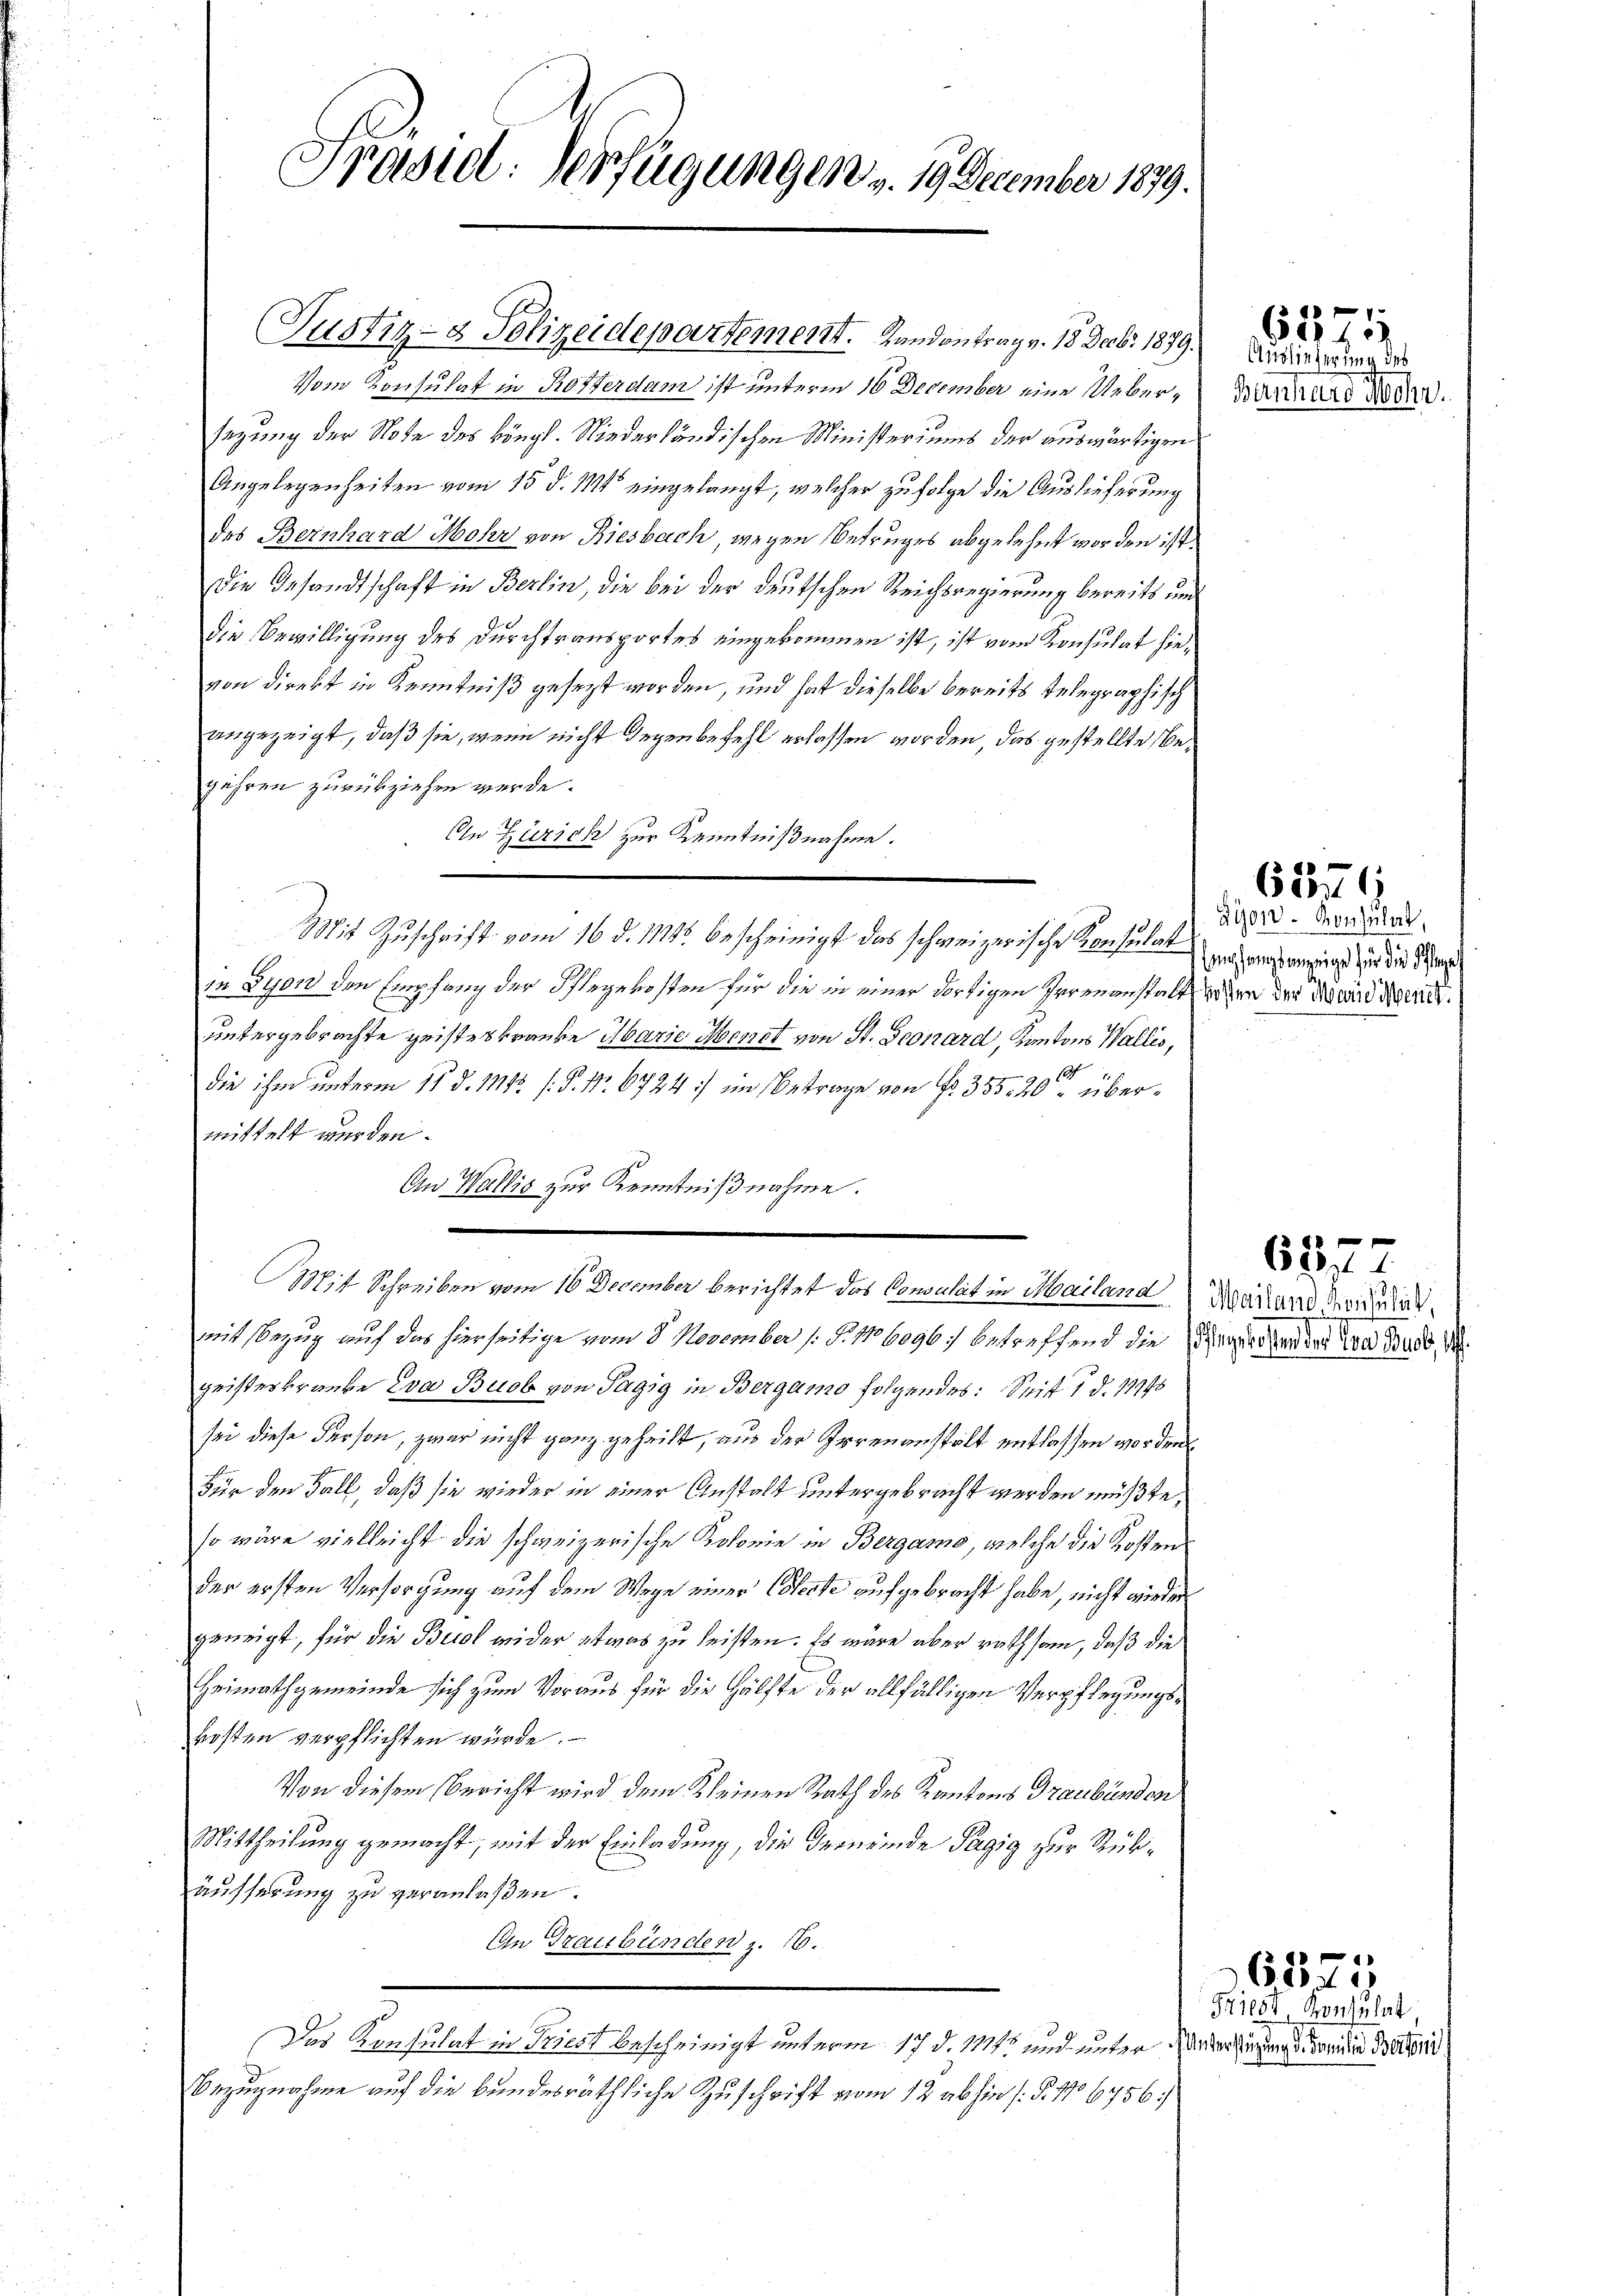
Präsidl. Verfügungen v. 19. December 1879.

Justiz- & Polizeidepartement. Landontrag v. 18 Decbr. 1879.
Vom Konsulat in Rotterdam ist unterm 16 December eine Uebersagung der Note des köngl. Niederländischen Ministeriums der auswärtigen
Angelegenheiten vom 15. d. M. eingelangt, welcher zu folge die Auslieferung
des Bernhard Mohr von Riesbach, wegen Betruges abgelehnt worden ist.
Die Gesandtschaft in Berlin, die bei der deutschen Reichsregierung bereits und
die Bewilligung des Durchtransportes eingekommen ist, ist vom Konsulat hievon direkt in Kenntniß gesezt worden, und hat dieselbe bereits telegraphisch
angezeigt, daß sie, wenn nicht Gegen befehl erlassen worden, das gestellte, begähren zurückziehen werde.
An Zürich zur Kenntnißnahme.
1n Lyon den Empfang der Pflegekosten für die in einer dortigen Irrenanstalt, wesen der Weid der
untergebrachte geisteskranke Marie Menet von St. Geonard, Kantons Wallis,
die ihm unterm 11. d. 1114. /. P. Nr. 6724 :/ im Betrage von No 355. 20 übermittelt werden.
An Wallis zur Kenntnißnahme.
Mit Schreiben vom 16 December berichtet das Consulat in Mailand Mailand die
mit Bezug auf das hierseitige vom 8. November (§. 1106096) betreffend die Gegenden den wer dass d
geisteskranke Eva Buob von Tagig in Bergamo folgendes: Seit 1 d. 11995
sei diese Person, zwar nicht ganz geheilt, aus der Irrenanstalt entlassen worden
Für den Fall, daß sie wieder in einer Anstalt untergebracht werden müßte,
so wäre vielleicht die schweizerische Kolonie in Bergamo, welche die Kosten
der ersten Versorgung auf dem Wege einer Colecke aufgebracht habe, nicht wieder
geneigt, für die Beidl wider etwas zu leisten. Es wäre aber rathsam, daß die
Heimathgemeinde sich zum Voraus für die Hälfte der allfälligen Verpflegungskosten verpflichten würde.
Von diesem Bericht wird dem Kleinen Rath des Kantons Graubünden
Mittheilung gemacht, mit der Einladung, die Gemeinde Pagig zur Rükäusserung zu veranlaßen.
An Graubünden z. 16.
Das Konsulat in Triest bescheinigt unterm 17. d. 1111. und unter Wieder sie an die Bretter
Bezugnahme auf die bundesräthliche Zuschrift vom 12 abhin (§. 17 6756.

Mit Zuschrift vom 16. d. 11115 bescheinigt das schweizerische Konsulat in er anging und die Stras

Auslieferung des
Bannaro Mohr.

dijon. Konsulat,

6877

657

6376

Friedt Konsulat

6527.